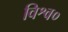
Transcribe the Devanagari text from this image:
विश्व०